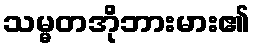
သမ္မတအိုဘားမား၏